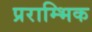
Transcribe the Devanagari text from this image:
प्रराम्भिक